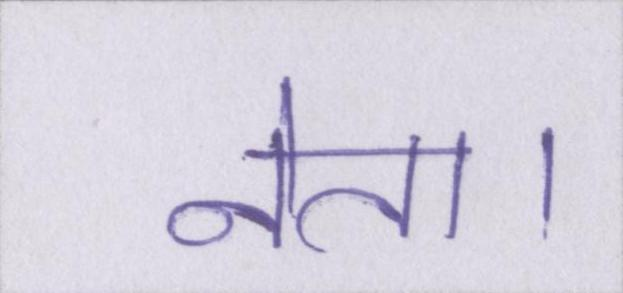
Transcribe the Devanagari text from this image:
नेता।